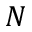
N